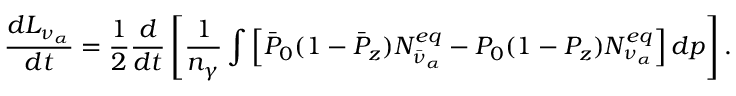
{ \frac { d L _ { \nu _ { \alpha } } } { d t } } = { \frac { 1 } { 2 } } { \frac { d } { d t } } \left[ { \frac { 1 } { n _ { \gamma } } } \int \left[ \bar { P } _ { 0 } ( 1 - \bar { P } _ { z } ) N _ { \bar { \nu } _ { \alpha } } ^ { e q } - P _ { 0 } ( 1 - P _ { z } ) N _ { \nu _ { \alpha } } ^ { e q } \right] d p \right] .